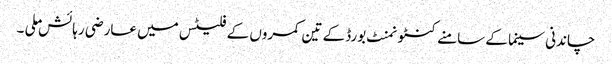
چاندنی سینما کے سامنے کنٹونمنٹ بورڈ کے تین کمروں کے فلیٹس میں عارضی رہائش ملی ۔